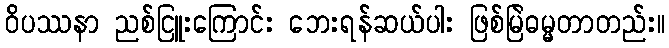
ဝိပဿနာ ညစ်ငြူးကြောင်း ဘေးရန်ဆယ်ပါး ဖြစ်မြဲဓမ္မတာတည်း။